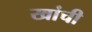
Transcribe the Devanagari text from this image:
खांची